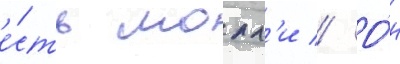
е́сть молл'и // О́н